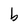
Character: b